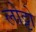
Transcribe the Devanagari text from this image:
लोट्टो